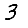
Digit: 3